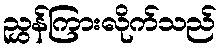
ညွှန်ကြားလိုက်သည်